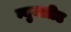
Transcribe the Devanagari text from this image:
न्युक्लीड